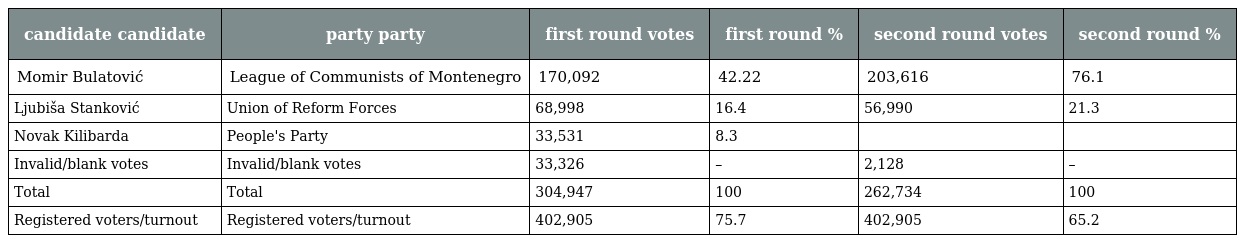
| candidate candidate | party party | first round votes | first round % | second round votes | second round % |
 | --- | --- | --- | --- | --- | --- |
 | Momir Bulatović | League of Communists of Montenegro | 170,092 | 42.22 | 203,616 | 76.1 |
 | Ljubiša Stanković | Union of Reform Forces | 68,998 | 16.4 | 56,990 | 21.3 |
 | Novak Kilibarda | People's Party | 33,531 | 8.3 |  |  |
 | Invalid/blank votes | Invalid/blank votes | 33,326 | – | 2,128 | – |
 | Total | Total | 304,947 | 100 | 262,734 | 100 |
 | Registered voters/turnout | Registered voters/turnout | 402,905 | 75.7 | 402,905 | 65.2 |